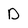
Character: D